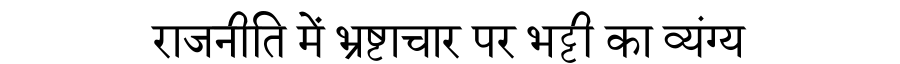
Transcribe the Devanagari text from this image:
राजनीति में भ्रष्टाचार पर भट्टी का व्यंग्य